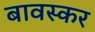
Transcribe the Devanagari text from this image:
बावस्कर